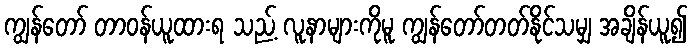
ကျွန်တော် တာဝန်ယူထားရ သည့် လူနာများကိုမူ ကျွန်တော်တတ်နိုင်သမျှ အချိန်ယူ၍